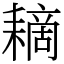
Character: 䎮